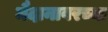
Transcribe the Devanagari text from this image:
मैदानावरच्या